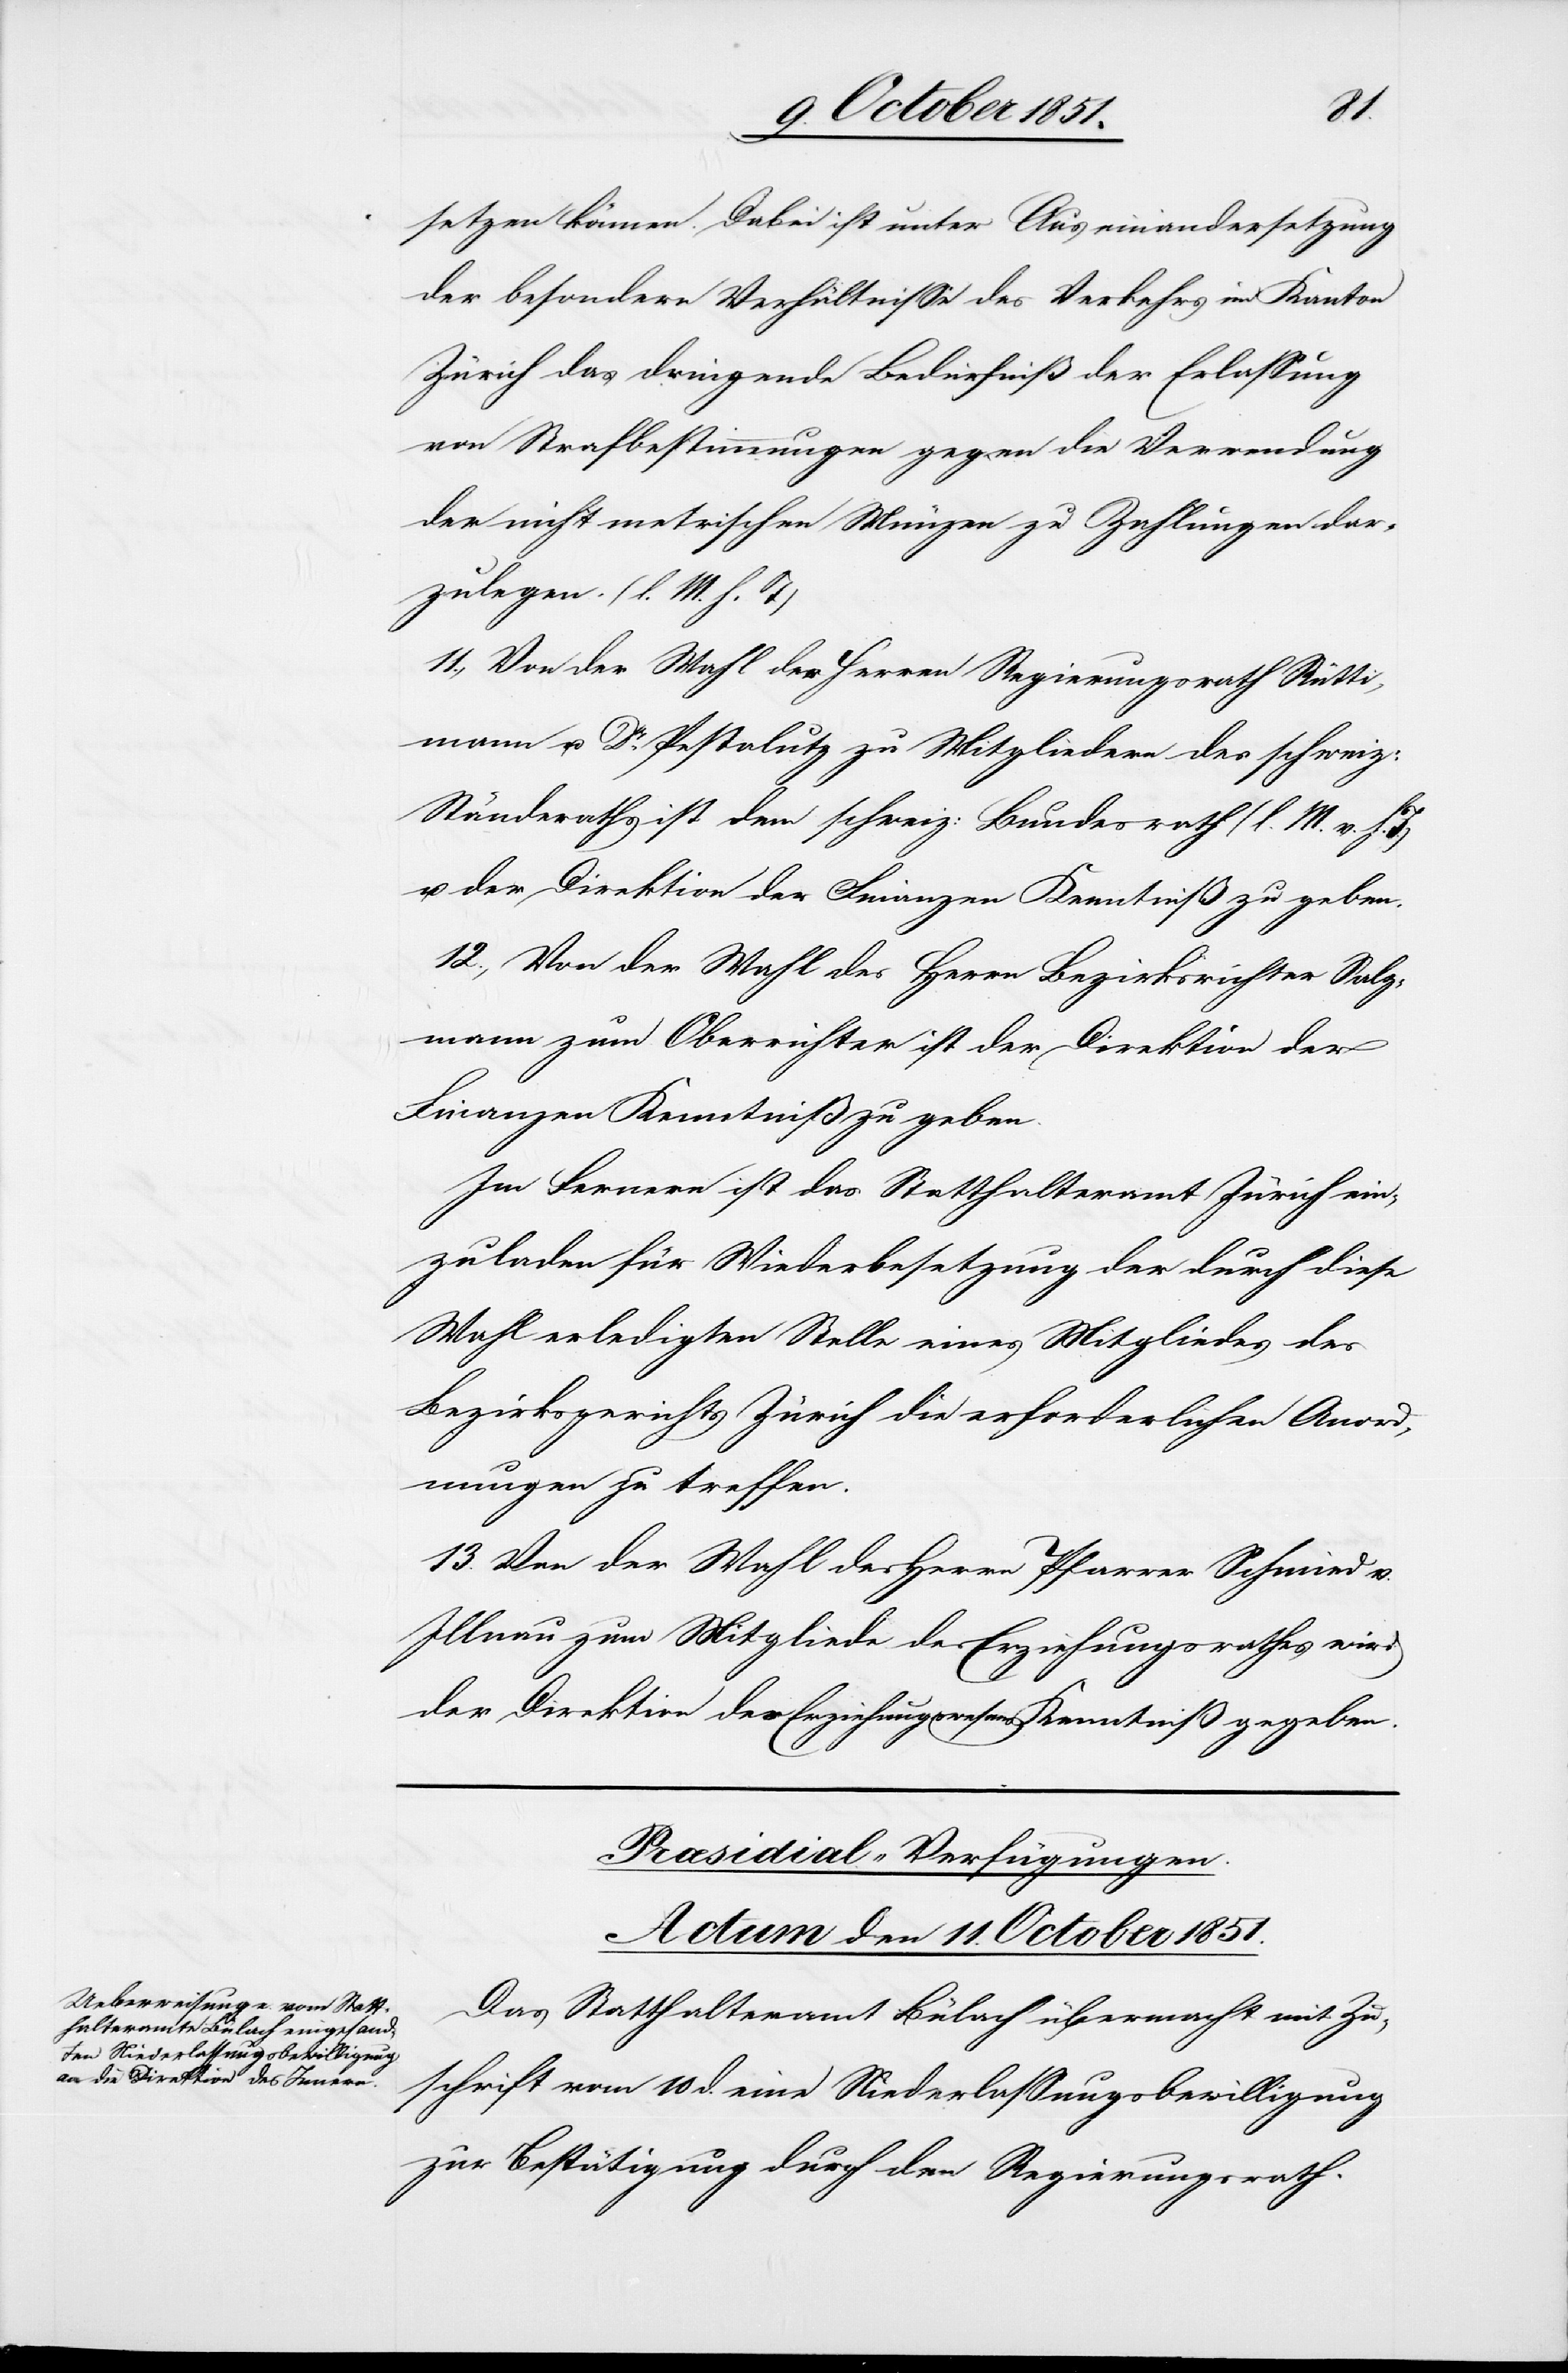
setzen können. Dabei ist unter Auseinandersetzung
der besondern Verhältnisse des Verkehrs im Kanton
Zürich das dringende Bedürfniß der Erlassung
von Strafbestimmungen gegen die Verwendung
der nicht metrischen Münzen zu Zahlungen dar¬
zulegen. (l. M. h. T)
11., Von der Wahl der Herren Regierungsrath Rütti¬
mann u. Dr. Pestalutz zu Mitgliedern des schweiz:
Ständeraths ist dem schweiz: Bundesrath (l. M. v. h.
u. der Direktion der Finanzen Kenntniß zu geben.
12., Von der Wahl des Herrn Bezirksrichter Salz¬
mann zum Oberrichter ist der Direktion der
Finanzen Kenntniß zu geben.
Im Fernern ist das Statthalteramt Zürich ein¬
zuladen für Wiederbesetzung der durch diese
Wahl erledigten Stelle eines Mitgliedes des
Bezirksgerichts Zürich die erforderlichen Anord¬
nungen zu treffen.
13. Von der Wahl des Herrn Pfarrer Schmied v.
Illnau zum Mitgliede des Erziehungsrathes wird
der Direktion des Erziehungswesens Kenntniß gegeben.
Præsidial-Verfügungen.
Actum den 11. October 1851.
Das Statthalteramt Bülach übermacht mit Zu¬
schrift vom 10 d. eine Niederlassungsbewilligung
zur Bestätigung durch den Regierungsrath.